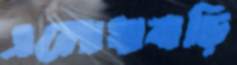
এলোধাবাড়ি